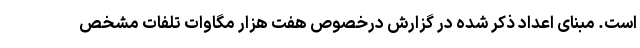
است. مبنای اعداد ذکر شده در گزارش درخصوص هفت هزار مگاوات تلفات مشخص